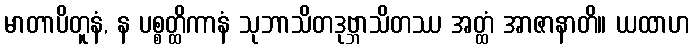
မာတာပိတူနံ, န ပစ္စတ္ထိကာနံ သုဘာသိတဒုဗ္ဘာသိတဿ အတ္ထံ အာဇာနာတိ။ ယထာဟ